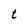
Character: t